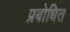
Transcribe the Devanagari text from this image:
प्रबोधित